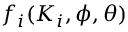
f _ { i } ( K _ { i } , \phi , \theta )